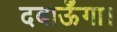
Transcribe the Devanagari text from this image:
दबाऊँगा।